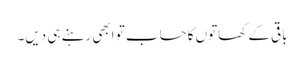
باقی کے کھاتوں کا حساب تو ابھی رہنے ہی دیں۔